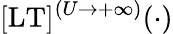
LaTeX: \lbrack\mathrm{LT}\rbrack^{(U\to+\infty)}(\cdot)